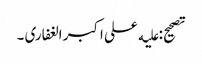
تصحیح: علیه علی اکبر الغفاری ۔